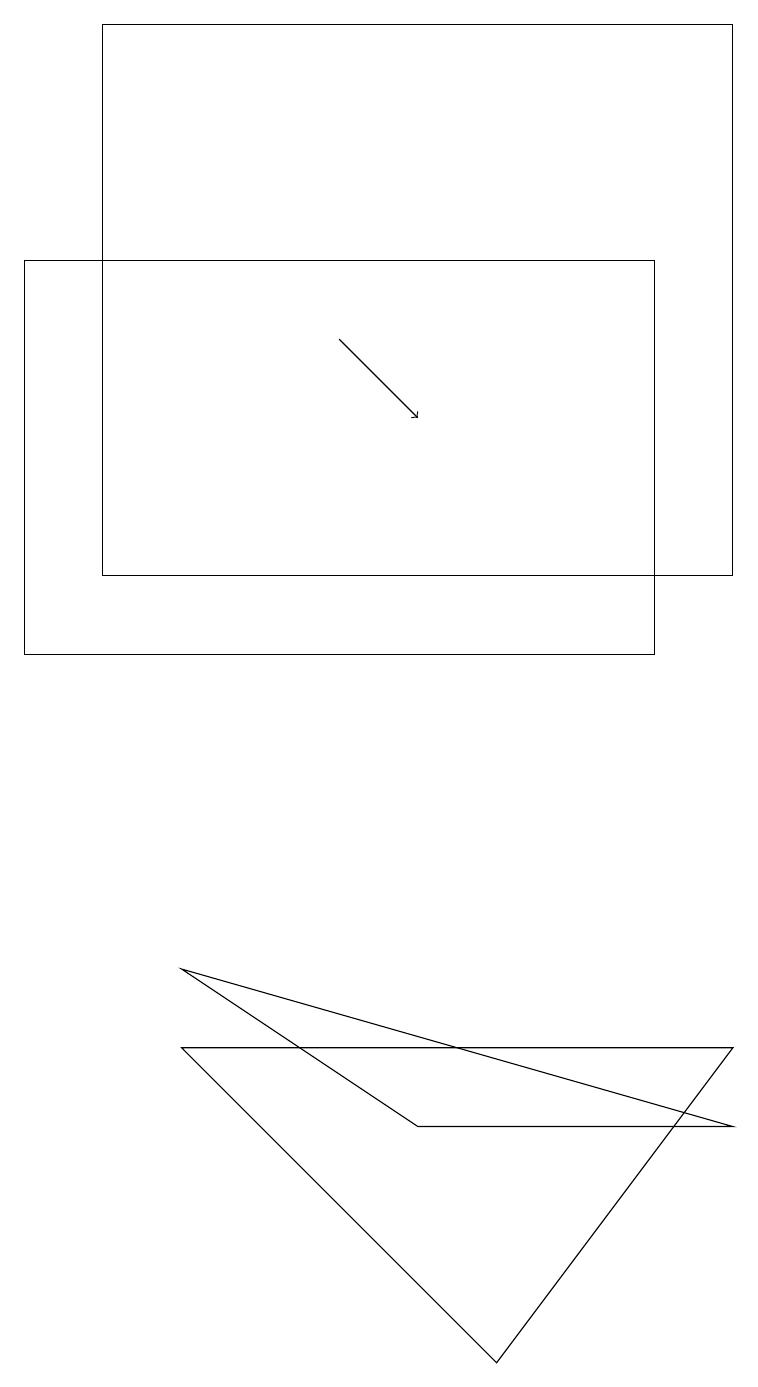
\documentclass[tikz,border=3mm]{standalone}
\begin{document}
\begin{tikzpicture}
\draw (1,11) rectangle (9,18);
\draw (2,5) -- (6,1) -- (9,5) -- cycle;
\draw[->] (4,14) -- (5,13);
\draw (9,4) -- (5,4) -- (2,6) -- cycle;
\draw (0,10) rectangle (8,15);
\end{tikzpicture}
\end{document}